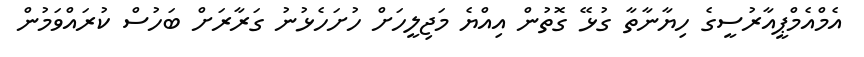
އެމްއެމްޕީއާރުސީގެ ހިޔާނާތާ ގުޅޭ ގޮތުން އިއްޔެ މަޖިލީހަށް ހުށަހެޅުނު ގަރާރަށް ބަހުސް ކުރައްވަމުން